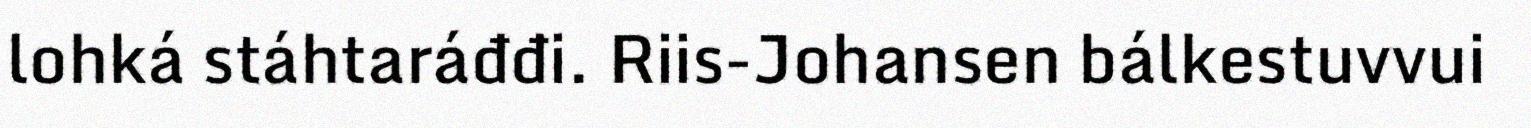
lohká stáhtaráđđi. Riis-Johansen bálkestuvvui